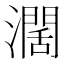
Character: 濶